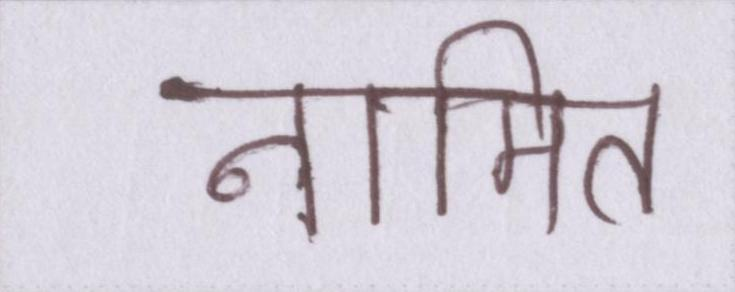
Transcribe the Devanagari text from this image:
नामित